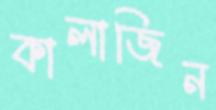
কালাজিন